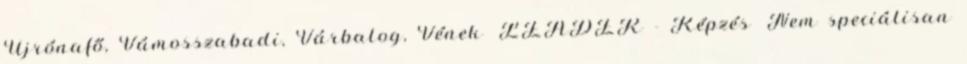
Újrónafő, Vámosszabadi, Várbalog, Vének ▪LEADER - Képzés ▪Nem speciálisan